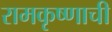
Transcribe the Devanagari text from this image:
रामकृष्णाची